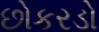
છોકરડો